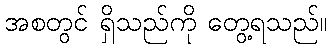
အစတွင် ရှိသည်ကို တွေ့ရသည်။